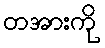
တအားကို